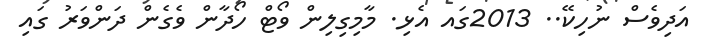
އަދިވެސް ނުހިކޭ.. 2013ގައ އެޅި. މާމިގިލިން ވޯޓް ހޯދާން ވެގެން ދަންވަރު ގައި